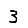
Digit: 3